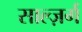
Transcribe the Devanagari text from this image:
साल्ज़र्ग